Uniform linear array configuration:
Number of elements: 64
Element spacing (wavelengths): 1
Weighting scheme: uniform
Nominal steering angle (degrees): -30
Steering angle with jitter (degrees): -30.448
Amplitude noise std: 0.05
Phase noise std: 0.05

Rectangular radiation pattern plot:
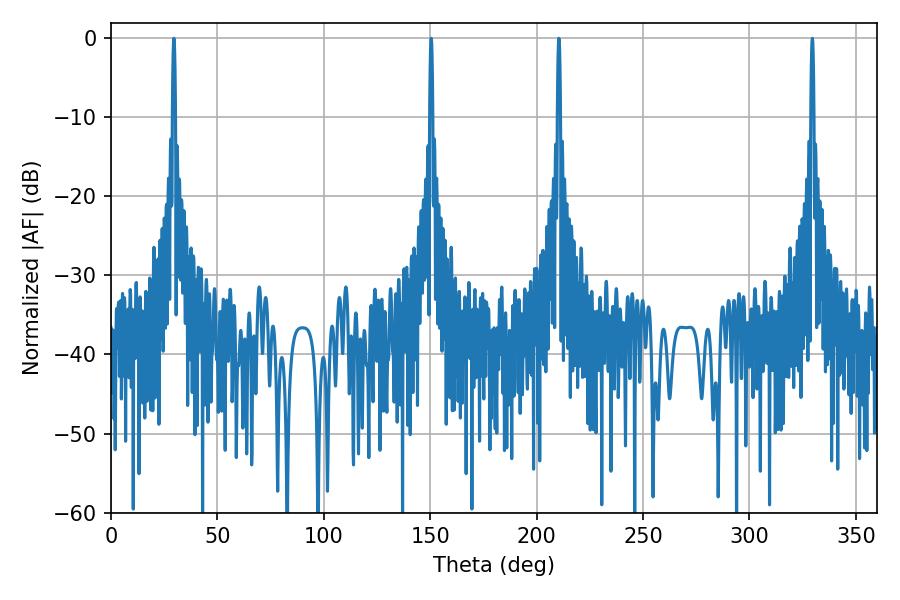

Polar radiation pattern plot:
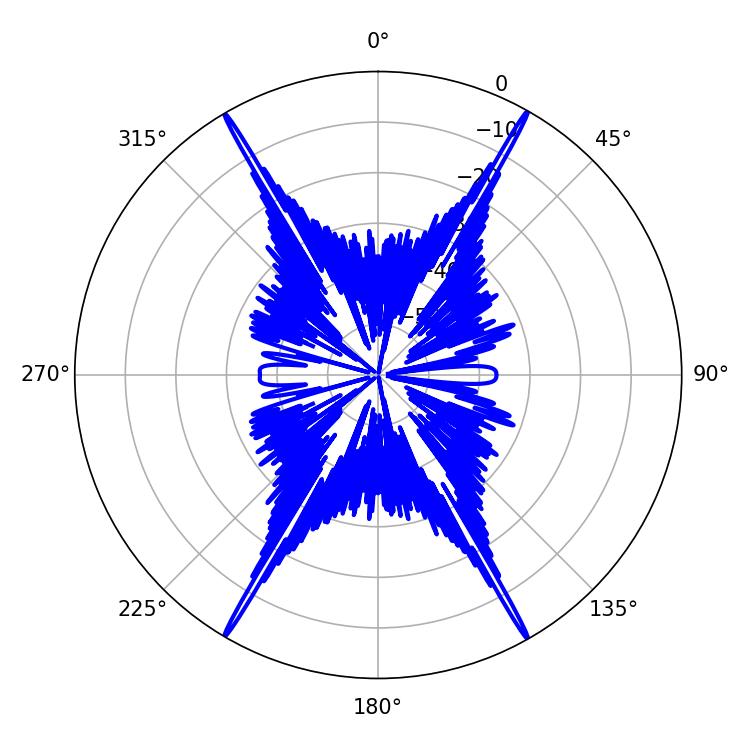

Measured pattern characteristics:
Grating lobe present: TRUE
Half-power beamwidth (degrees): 0.72
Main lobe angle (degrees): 150.48